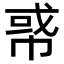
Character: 𢃤